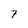
Character: 7